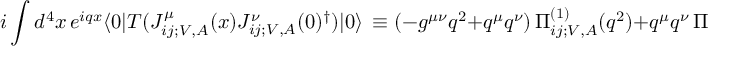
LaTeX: i \int d ^ { 4 } x \, e ^ { i q x } \langle 0 | T ( J _ { i j ; V , A } ^ { \mu } ( x ) J _ { i j ; V , A } ^ { \nu } ( 0 ) ^ { \dagger } ) | 0 \rangle \, \equiv ( - g ^ { \mu \nu } q ^ { 2 } + q ^ { \mu } q ^ { \nu } ) \, \Pi _ { i j ; V , A } ^ { ( 1 ) } ( q ^ { 2 } ) + q ^ { \mu } q ^ { \nu } \, \Pi _ { i j ; V , A } ^ { ( 0 ) } ( q ^ { 2 } ) \, ,